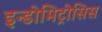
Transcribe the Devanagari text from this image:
इन्डोमिट्रोसिस